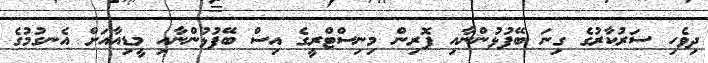
ދިވެހި ސަރުކާރުގެ ގިނަ ބޭފުޅުންނާއި ފޮރިން މިނިސްޓްރީގެ އިސް ބޭފުޅުންނާއި މީޑިއާއަށް އެނގުމުގެ